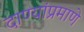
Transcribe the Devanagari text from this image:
दाण्यांप्रमाणे